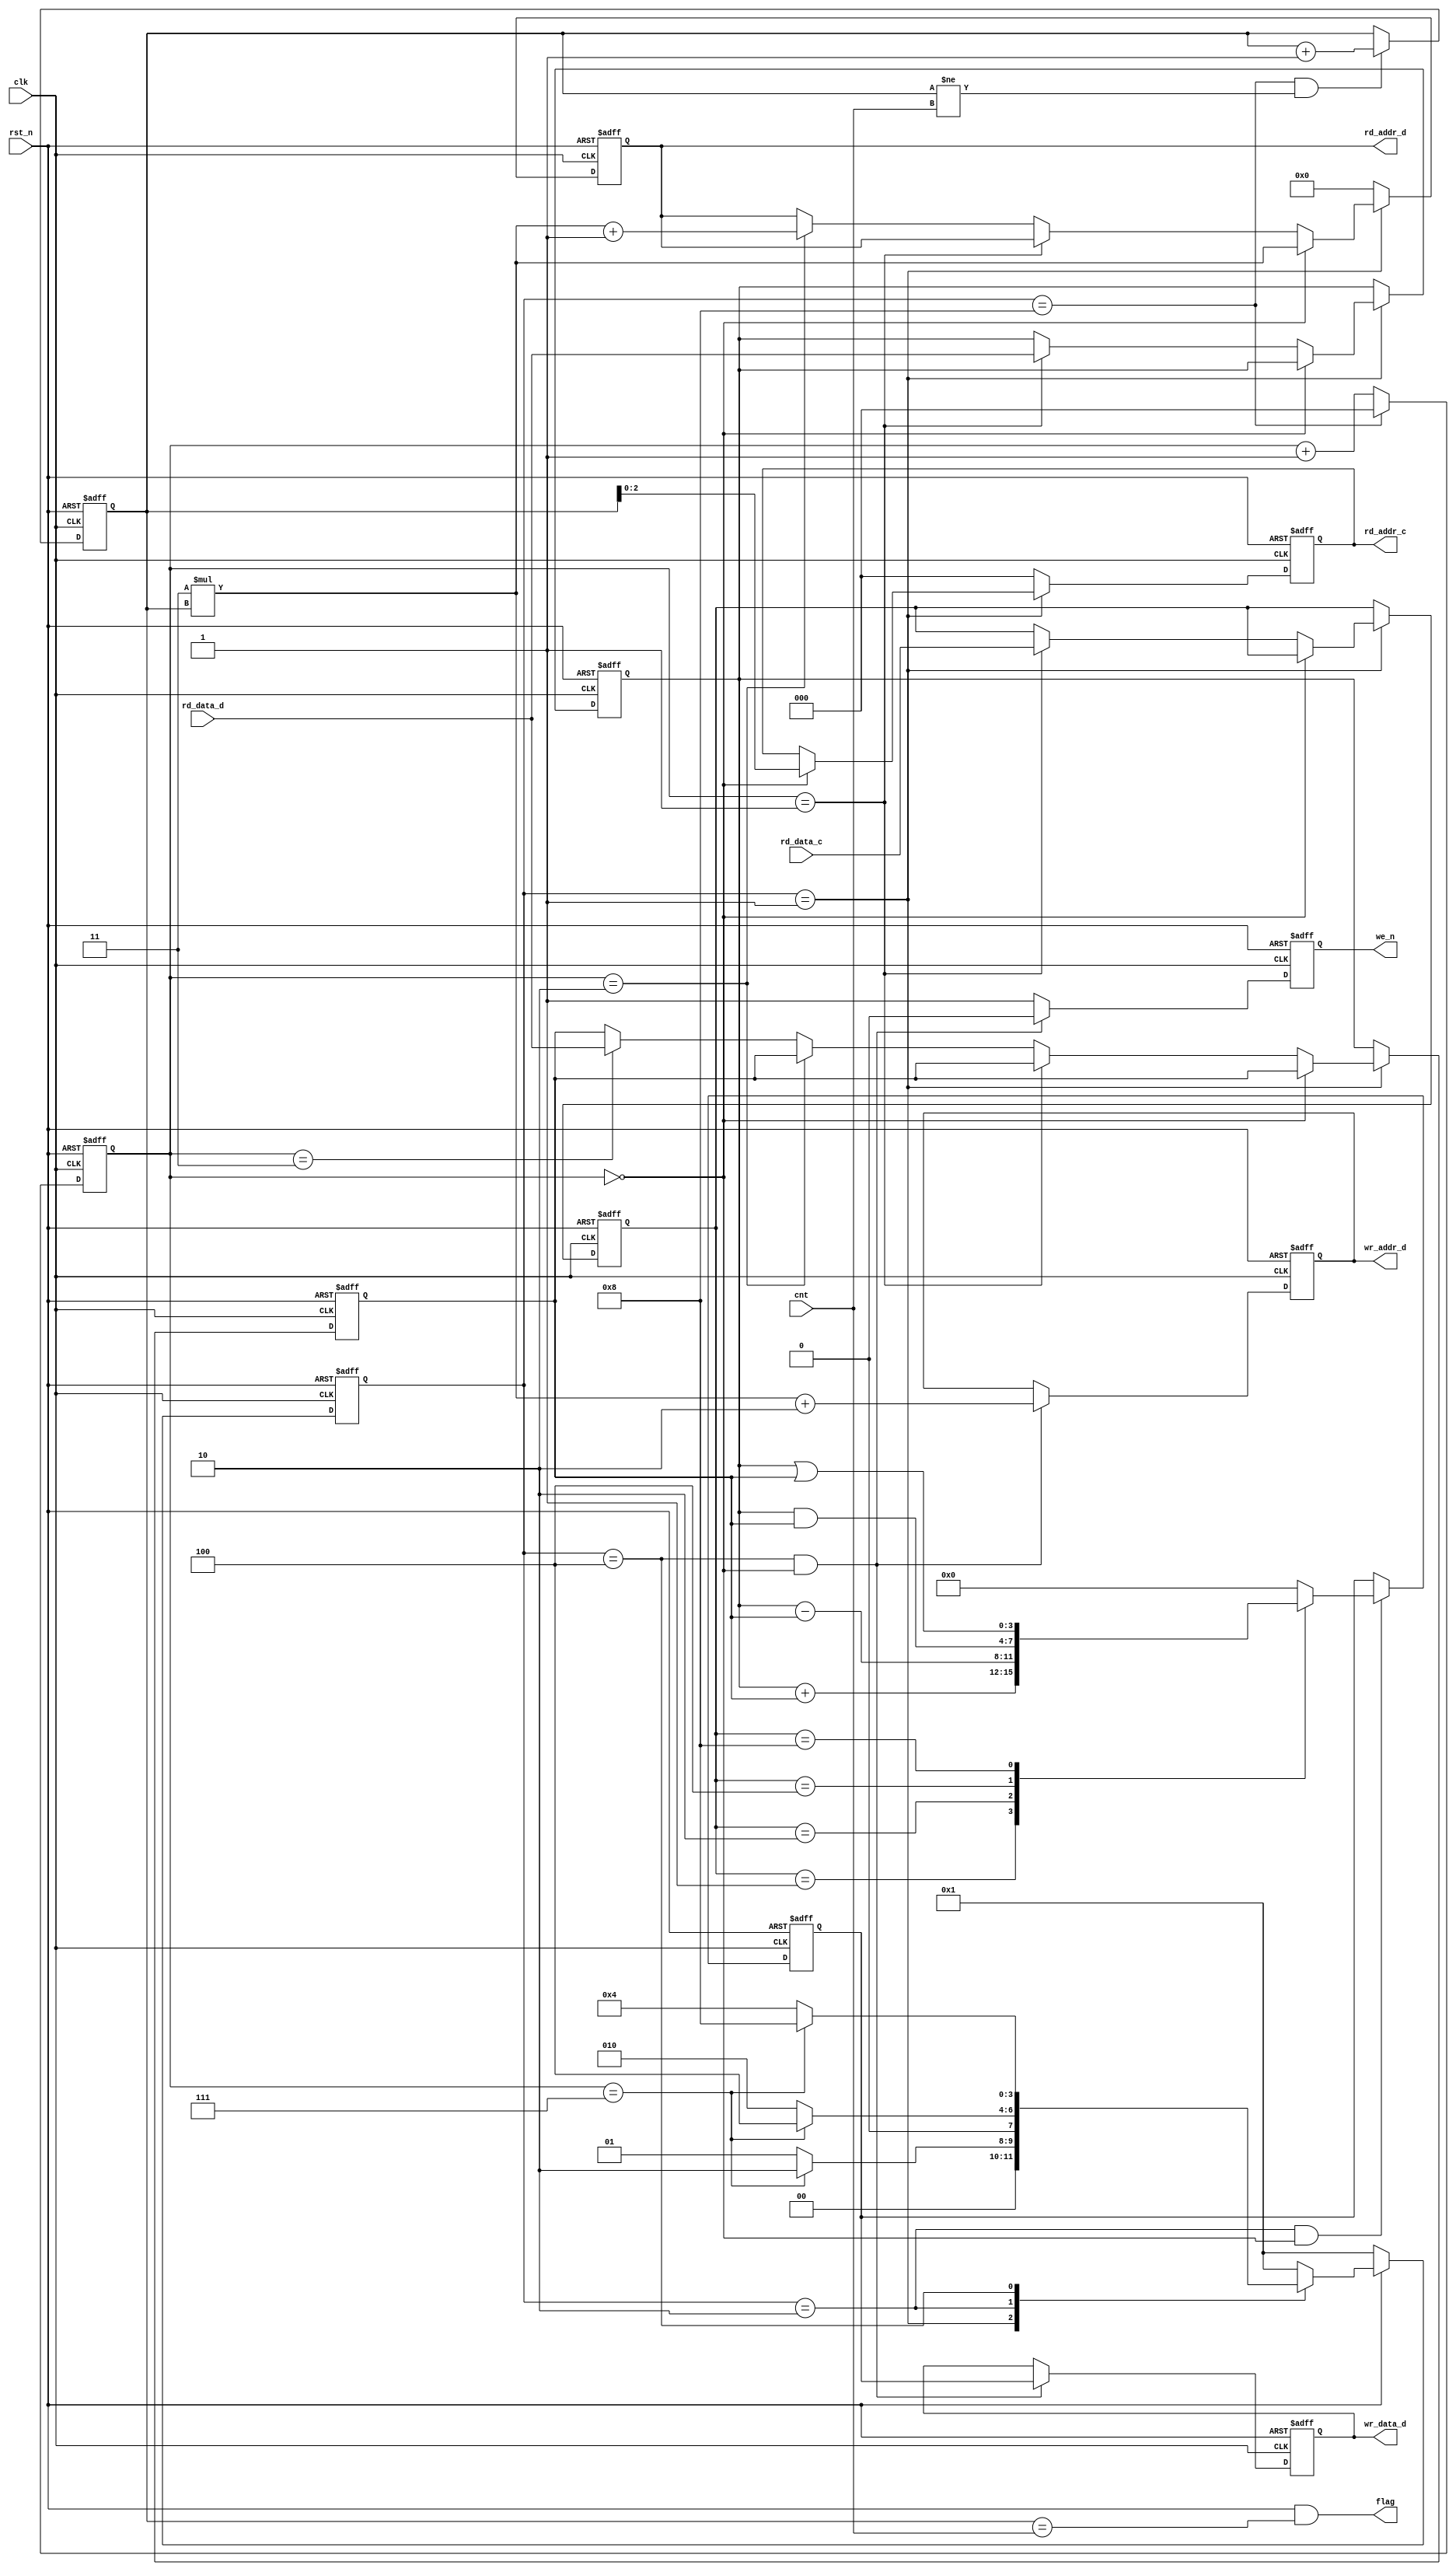
module cpu(clk, rst_n, we_n, wr_addr_d, wr_data_d, rd_addr_d, rd_data_d,
           rd_addr_c, rd_data_c, cnt, flag);
  parameter addr_width_d = 5;
  parameter addr_width_c = 3;
  
  // each instruction has 4 steps
  parameter FETCH = 4'b0001,
            OPER  = 4'b0010,
            WRITE = 4'b0100,
            END   = 4'b1000;
            
  // there are 4 opcodes
  parameter ADD   = 4'b0001,
            MINUS = 4'b0010,
            AND   = 4'b0100,
            OR    = 4'b1000;
  
  input clk, rst_n;
  output reg we_n;
  output reg [addr_width_d-1:0] wr_addr_d, rd_addr_d;
  output reg [3:0] wr_data_d;
  input [3:0] rd_data_d;
  output reg [addr_width_c-1:0] rd_addr_c;
  input [3:0] rd_data_c;
  input [4:0] cnt;
  output flag;
  
  reg [3:0] current_state, next_state;
  
  reg [4:0] counter;
  reg [2:0] step_counter;
  wire step_flag;
  
  // -------- Please try to complete the code ------------
  
  // I want to get the Nth instruction, so I need a counter.
  always @(posedge clk or negedge rst_n)
  begin
    if(!rst_n)
    begin
      counter <= 5'b0;
    end
    else
    begin
      if(current_state == END && counter != cnt)
        counter <= counter + 1'b1;
      else
        counter <= counter;
    end
  end
  
  // Flag indicates the end of execution. (How to set the flag?)
  // -------- insert your code here ------------
  assign flag = (rst_n && counter == cnt);
  // -------------------------------------------
  
  // For each step of each instruction, I want to run fixed steps, so I use a counter.
  always @(posedge clk or negedge rst_n)
  begin
    if(!rst_n)
      step_counter <= 3'b0;
    else
    begin
      if(current_state == END)
        step_counter <= 3'b0;
      else
        step_counter <= step_counter + 1'b1;
    end
  end
  
  assign step_flag = (step_counter == 3'b111);
  
  // I want to use a state machine to divide the instruction into 4 steps.
  //------------------- state machine begins -------------------------//
  always @(posedge clk or negedge rst_n)
  begin
    if(!rst_n)
      current_state <= FETCH;
    else
      current_state <= next_state;
  end
  
  always @(*)
  begin
    if(!rst_n)
      next_state <= FETCH;
    else
    begin
      case(current_state)
      // -------- insert your code here ------------
        FETCH: if(step_flag) next_state <= OPER; else next_state <= FETCH;
        OPER: if(step_flag) next_state <= WRITE; else next_state <= OPER;
        WRITE: if(step_flag) next_state <= END; else next_state <= WRITE;
        END: next_state <= FETCH;
        default: next_state <= FETCH;
      // -------------------------------------------
      endcase
    end
  end
  
  reg [3:0] oper1, oper2, result;
  reg [3:0] opcode;
  
  // I want to fetch the operands.
  always @(posedge clk or negedge rst_n)
  begin
    if(!rst_n)
    begin
      oper1 <= 4'b0;
      oper2 <= 4'b0;
      rd_addr_d <= {addr_width_d{1'b0}};
    end
    else
    begin
      if(current_state == FETCH)
      begin
      // -------- insert your code here ------------
      // hint: You can use step_counter to assist your operation.
        if(step_counter == 3'b0)
          rd_addr_d <= 3 * counter;
        else if(step_counter == 3'b001)
          oper1 <= rd_data_d;
        else if(step_counter == 3'b010)
          rd_addr_d <= 3 * counter + 1;
        else if(step_counter == 3'b011)
          oper2 <= rd_data_d;
      // --------------------------------------------
      end
      else
      begin
        oper1 <= oper1;
        oper2 <= oper1;
        rd_addr_d <= {addr_width_d{1'b0}};
      end
    end
  end
  
  // I want to fetch the opcode.
  always @(posedge clk or negedge rst_n)
  begin
    if(!rst_n)
    begin
      opcode <= 4'b0;
      rd_addr_c <= {addr_width_c{1'b0}};
    end
    else
    begin
      if(current_state == FETCH)
      begin
      // -------- insert your code here ------------
      // hint: You can use step_counter to assist your operation.
        if(step_counter == 3'b0)
          rd_addr_c <= counter;
        else if(step_counter == 3'b001)
          opcode <= rd_data_c;
      // --------------------------------------------
      end
      else
      begin
        opcode <= opcode;
        rd_addr_c <= {addr_width_c{1'b0}};
      end
    end
  end
  
  // I want to execute the opcode
  always @(posedge clk or negedge rst_n)
  begin
    if(!rst_n)
    begin
      result <= 4'b0;
    end
    else
    begin
    // -------- insert your code here ------------
      if(current_state == OPER && step_counter == 3'b0)
        case(opcode)
          ADD: result <= oper1 + oper2;
          MINUS: result <= oper1 - oper2;
          AND: result <= oper1 & oper2;
          OR: result <= oper1 | oper2;
          default: result <= 4'b0000;
        endcase
      else
        result <= result;
    // --------------------------------------------
    end
  end
  
  // I want to write the result back to RAM
  always @(posedge clk or negedge rst_n)
  begin
    if(!rst_n)
    begin
      wr_data_d <= 4'b0000;
      wr_addr_d <= {addr_width_d{1'b0}};
      we_n <= 1'b1;
    end
    else
    begin
    // -------- insert your code here ------------
      if(current_state == WRITE && step_counter == 3'b0)
      begin
        wr_data_d <= result;
        wr_addr_d <= 3 * counter + 2;
        we_n <= 1'b0;
      end
      else
        we_n <= 1'b1;
    // -------------------------------------------
    end
  end
  //------------------- state machine ends ---------------------------//
  
endmodule